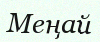
Меңай